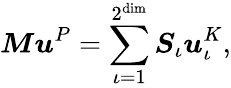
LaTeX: \boldsymbol{M}\boldsymbol{u}^{P}=\sum_{\iota=1}^{2^{\dim}}\boldsymbol{S}_{\iota}\boldsymbol{u}_{\iota}^{K},